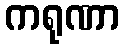
ကရုဏာ